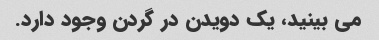
می بینید، یک دویدن در گردن وجود دارد.